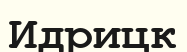
Идрицк